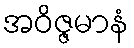
အဝိဇ္ဇမာနံ